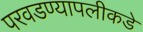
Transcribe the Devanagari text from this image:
परवडण्यापलीकडे